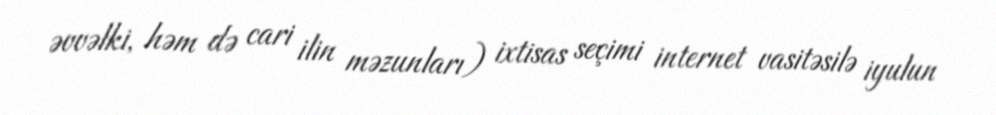
əvvəlki, həm də cari ilin məzunları) ixtisas seçimi internet vasitəsilə iyulun